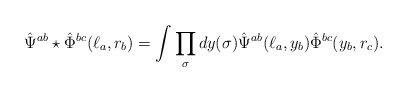
\begin{align*} \hat\Psi^{ab}\star\hat\Phi^{bc}(\ell_a,r_b) = \int \prod_{\sigma}dy(\sigma) \hat\Psi^{ab}(\ell_a,y_b)\hat\Phi^{bc}(y_b,r_c).\end{align*}